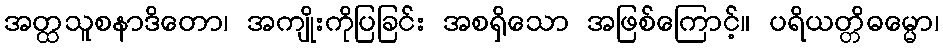
အတ္ထသူစနာဒိတော၊ အကျိုးကိုပြခြင်း အစရှိသော အဖြစ်ကြောင့်။ ပရိယတ္တိဓမ္မော၊